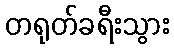
တရုတ်ခရီးသွား